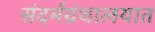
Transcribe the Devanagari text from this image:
संदर्भग्रंथालयात